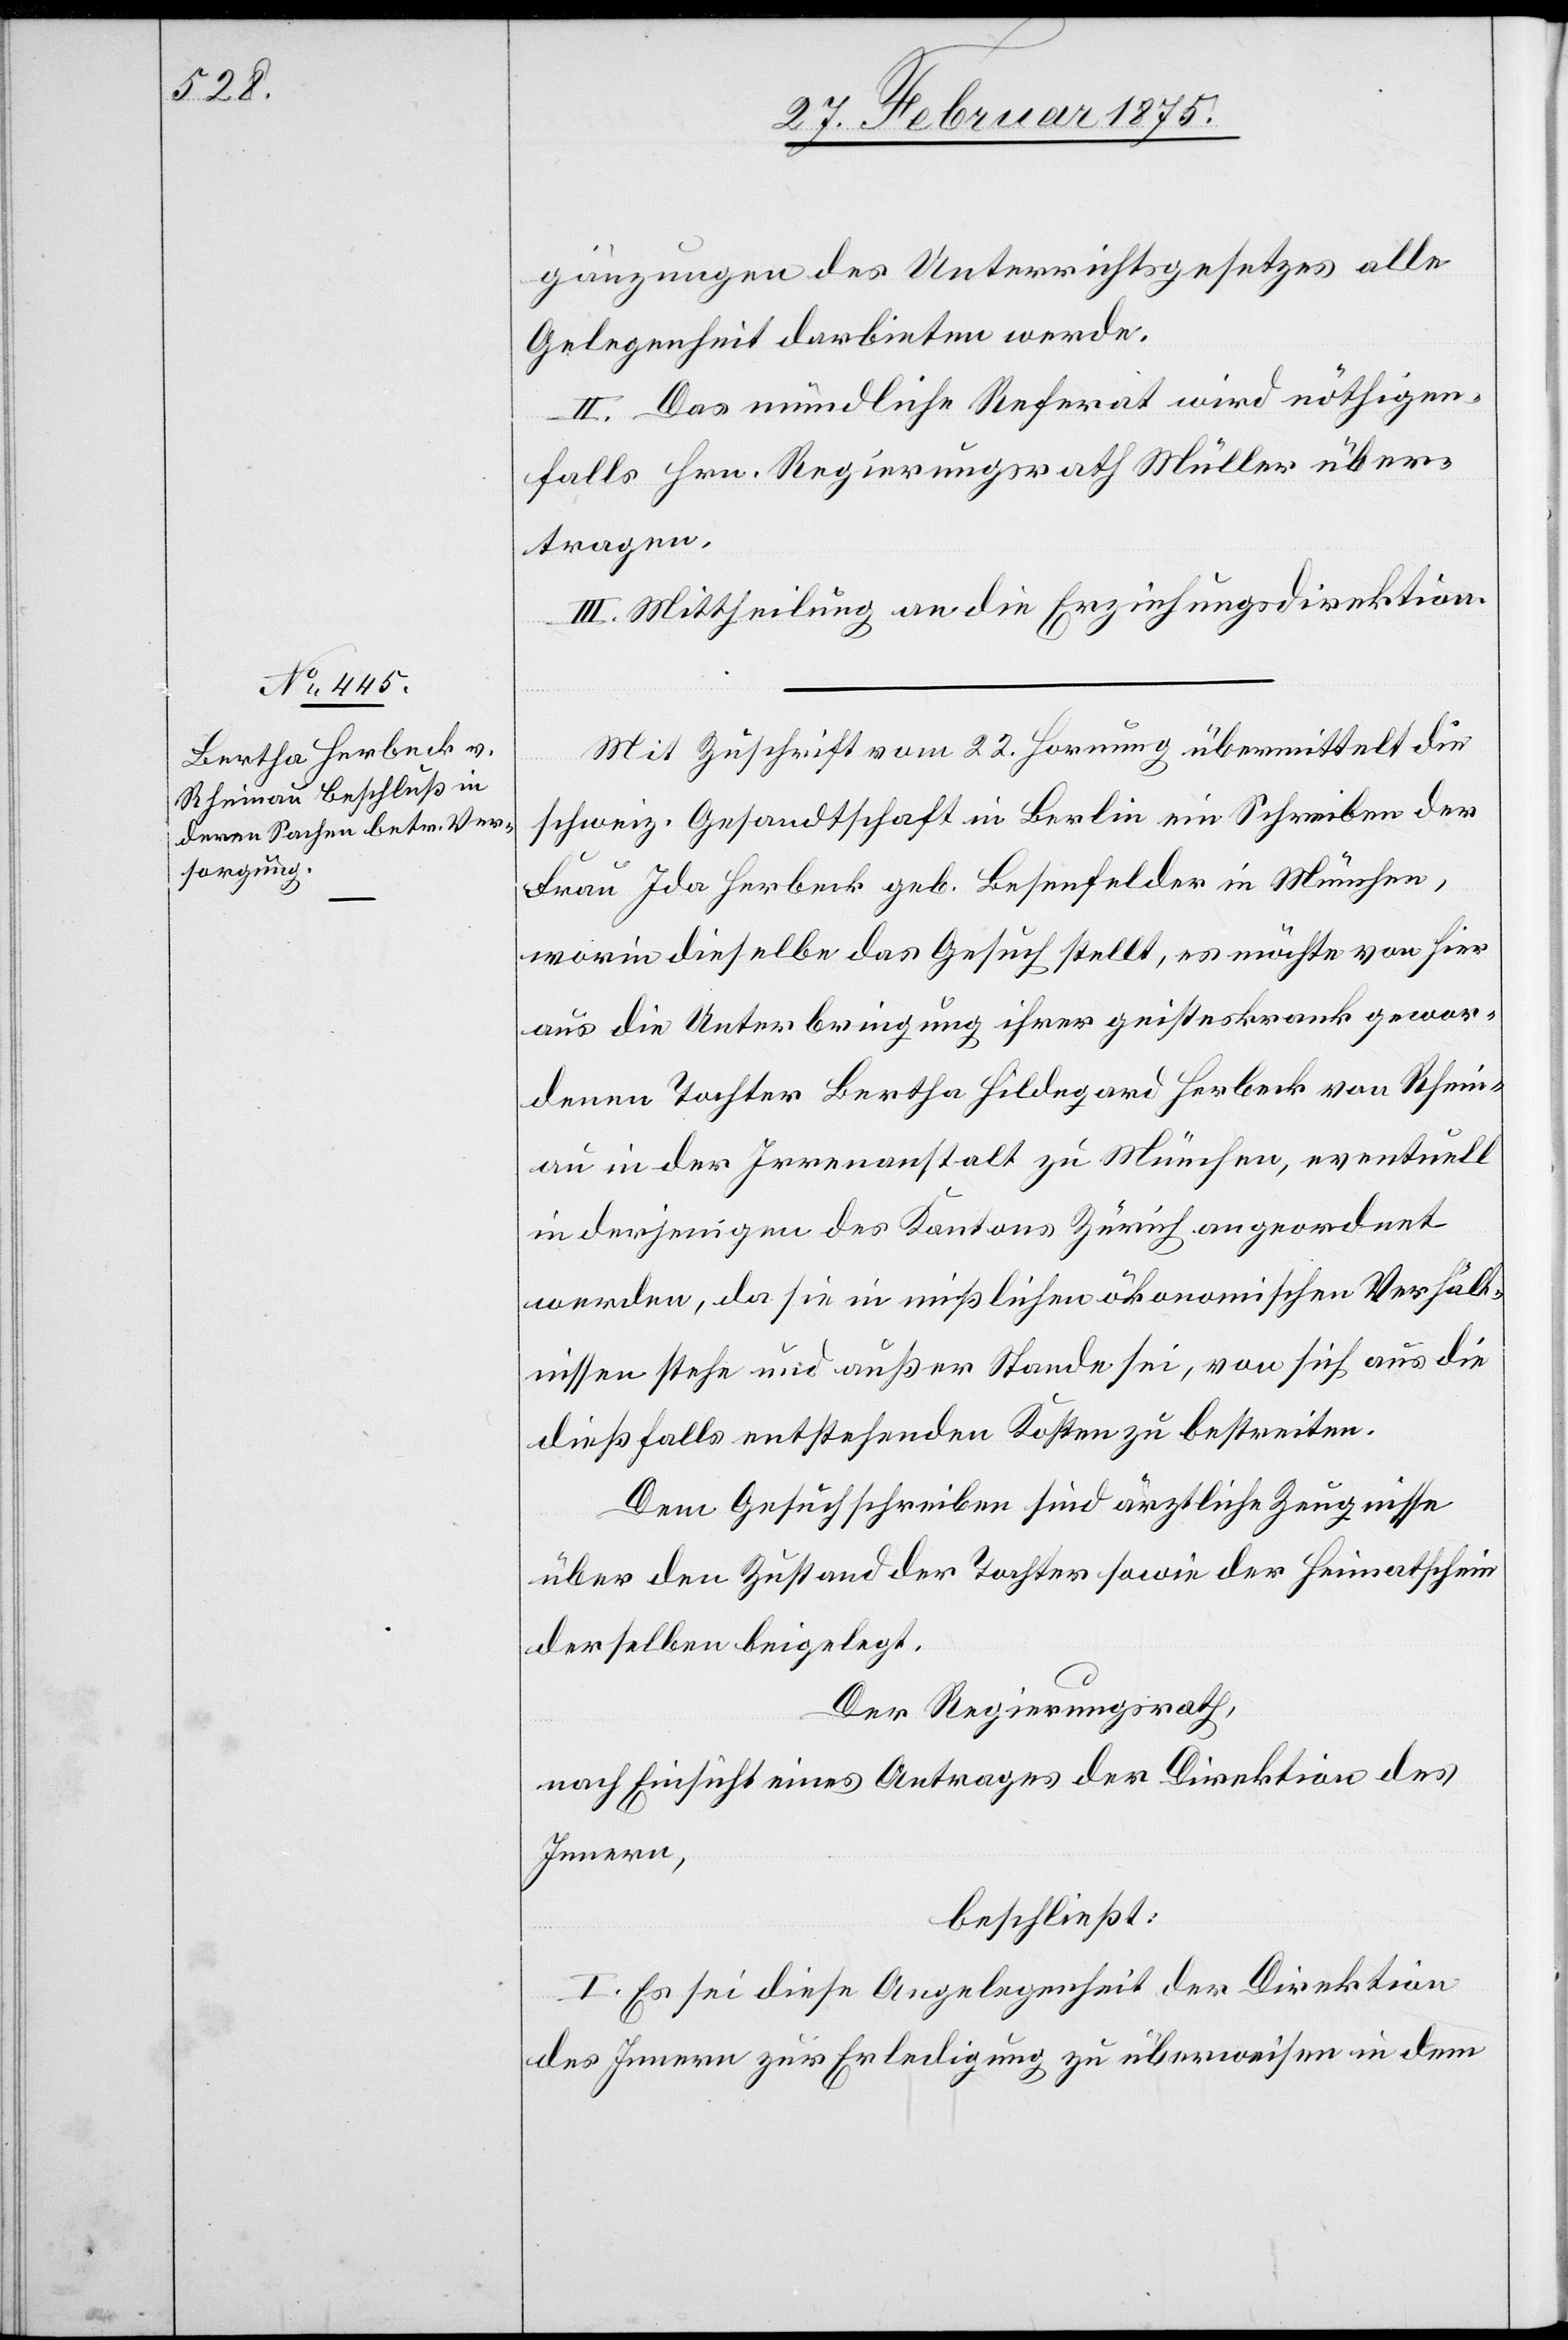
gänzungen des Unterrichtsgesetzes alle
Gelegenheit darbieten werde.
II. Das mündliche Referat wird nöthigen¬
falls Hrn. Regierungsrath Müller über¬
tragen.
III. Mittheilung an die Erziehungsdirektion.
Mit Zuschrift vom 22. Hornung übermittelt die
schweiz. Gesandtschaft in Berlin ein Schreiben der
Frau Ida Herbeck geb. Besenfelder in München,
worin dieselbe das Gesuch stellt, es möchte von hier
aus die Unterbringung ihrer geisteskrank gewor¬
denen Tochter Bertha Hildegard Herbeck von Rhein¬
au in der Irrenanstalt zu München, eventuell
in derjenigen des Kantons Zürich angeordnet
werden, da sie in mißlichen ökonomischen Verhält¬
nissen stehe und außer Stande sei, von sich aus die
dießfalls entstehenden Kosten zu bestreiten.
Dem Gesuchschreiben sind ärztliche Zeugnisse
über den Zustand der Tochter sowie der Heimatschein
derselben beigelegt.
Der Regierungsrath,
nach Einsicht eines Antrages der Direktion des
Innern,
beschließt:
I. Es sei diese Angelegenheit der Direktion
des Innern zur Erledigung zu überweisen und in dem